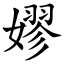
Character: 嫪